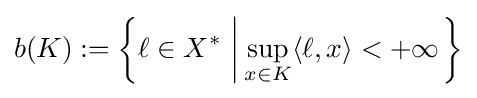
b(K):=\left\{\ell \in X^{\ast }\,\left|\,\sup _{x\in K}\langle \ell ,x\rangle <+\infty \right.\right\}